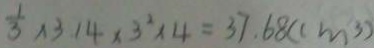
\frac { 1 } { 3 } \times 3 . 1 4 \times 3 ^ { 2 } \times 4 = 3 7 . 6 8 ( c m ^ { 3 } )